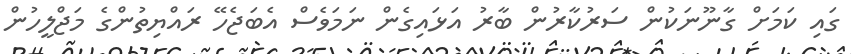
ގައި ކަމަށް ގާނޫނަކުން ސަރުކާރުން ބާރު އަޅައިގެން ނަމަވެސް އެބަޖެހޭ ރައްޔިތުންގެ މަޖްލީހުން